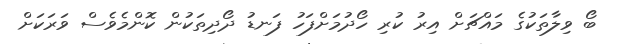
ބޯ ވިލާތަކުގެ މައްޗަށް އިރު ކުރި ހޯދުމަށްފަހު ފަނޑު ދޯދިތަކުން ކޮންމެވެސް ވަރަކަށް